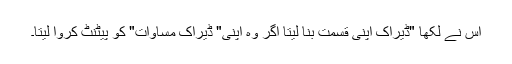
اس نے لکھا "ڈیراک اپنی قسمت بنا لیتا اگر وہ اپنی" ڈیراک مساوات" کو پیٹنٹ کروا لیتا۔